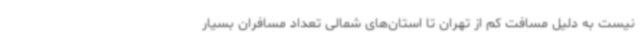
نیست به دلیل مسافت کم از تهران تا استان‌های شمالی تعداد مسافران بسیار